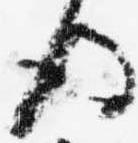
後